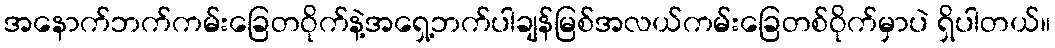
အနောက်ဘက်ကမ်းခြေတဝိုက်နဲ့အရှေ့ဘက်ပါချန်မြစ်အလယ်ကမ်းခြေတစ်ဝိုက်မှာပဲ ရှိပါတယ်။